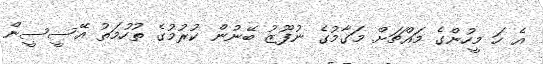
އެ ހަ މީހުންގެ މައްޗަށް މަގާމުގެ ނުފޫޒު ބޭނުން ކުރުމުގެ ތުހުމަތު އޭސީސީން